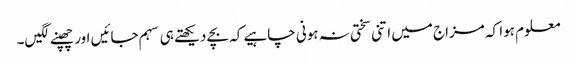
معلوم ہوا کہ مزاج میں اتنی سختی نہ ہونی چاہیے کہ بچے دیکھتے ہی سہم جائیں اور چھپنے لگیں۔